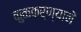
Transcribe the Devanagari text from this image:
कुळकर्ण्यानें